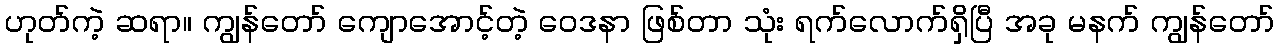
ဟုတ်ကဲ့ ဆရာ။ ကျွန်တော် ကျောအောင့်တဲ့ ဝေဒနာ ဖြစ်တာ သုံး ရက်လောက်ရှိပြီ အခု မနက် ကျွန်တော်